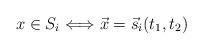
LaTeX: \begin{align*}x \in S_{i} \Longleftrightarrow \vec{x} = \vec{s}_{i}(t_{1}, t_{2})\end{align*}